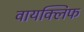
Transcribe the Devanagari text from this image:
वायक्लिफ